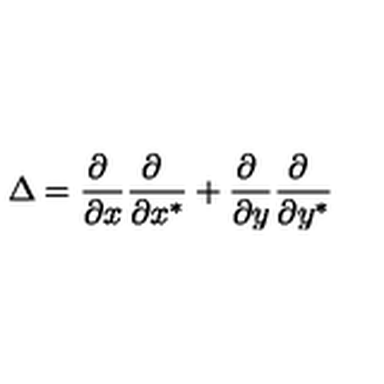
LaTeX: \Delta = \frac { \partial \ } { \partial x } \frac { \partial \ } { \partial x ^ { * } } + \frac { \partial \ } { \partial y } \frac { \partial \ } { \partial y ^ { * } }